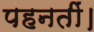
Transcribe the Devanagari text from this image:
पहनतीं।